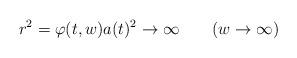
LaTeX: \begin{align*}r^2 = \varphi(t,w)a(t)^2 \to \infty \qquad (w\to\infty)\end{align*}